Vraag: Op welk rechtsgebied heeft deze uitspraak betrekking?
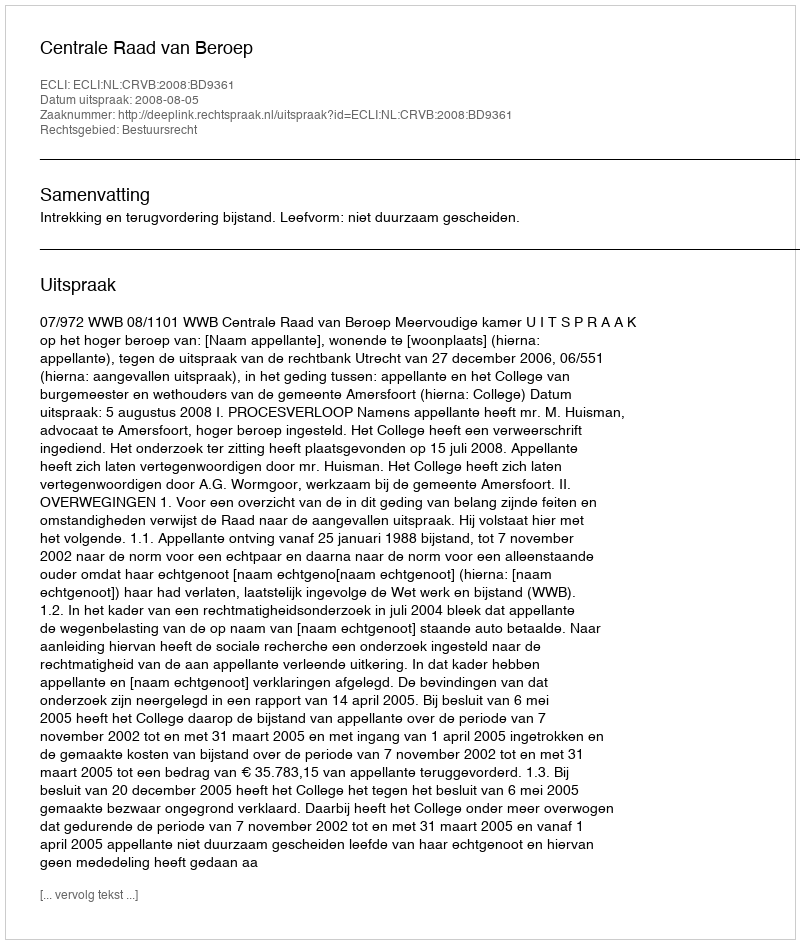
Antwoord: Bestuursrecht